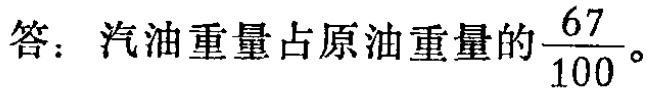
答：汽油重量占原油重量的$\frac{67}{100}$。